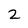
Character: 2